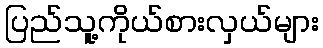
ပြည်သူ့ကိုယ်စားလှယ်များ